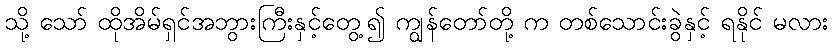
သို့ သော် ထိုအိမ်ရှင်အဘွားကြီးနှင့်တွေ့၍ ကျွန်တော်တို့ က တစ်သောင်းခွဲနှင့် ရနိုင် မလား